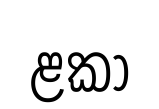
ළකා